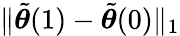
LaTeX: \lVert\tilde{{\boldsymbol{\theta}}}(1)-\tilde{{\boldsymbol{\theta}}}(0)\rVert_{1}